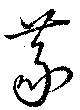
篆